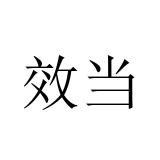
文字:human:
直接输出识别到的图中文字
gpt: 效当